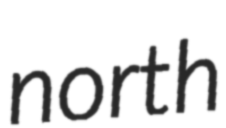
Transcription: north